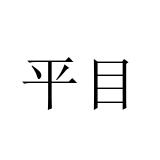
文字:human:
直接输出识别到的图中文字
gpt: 平目